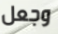
وجعل